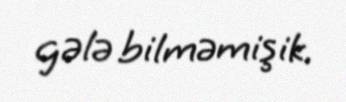
gələ bilməmişik.